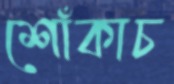
শোঁকাচ